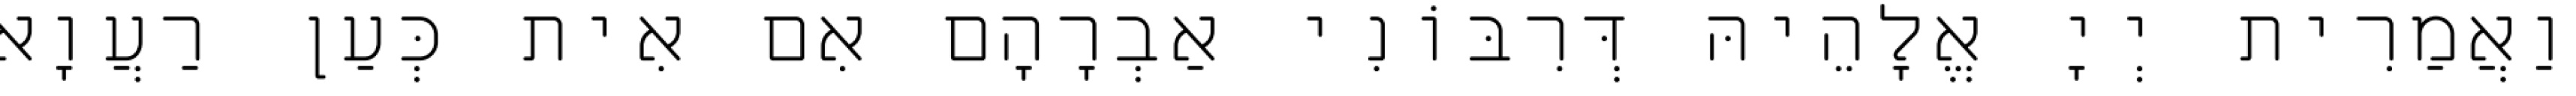
וַאֲמַרִית יְיָ אֱלָהֵיהּ דְּרִבּוֹנִי אַבְרָהָם אִם אִית כְּעַן רַעֲוָא